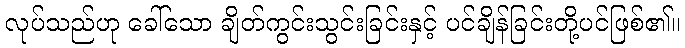
လုပ်သည်ဟု ခေါ်သော ချိတ်ကွင်းသွင်းခြင်းနှင့် ပင်ချိန်ခြင်းတို့ပင်ဖြစ်၏။